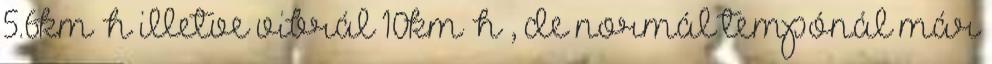
5.6km h illetve vibrál 10km h , de normál tempónál már